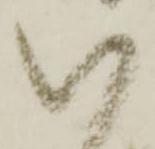
い